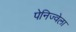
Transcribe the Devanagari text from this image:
पेनिज्वेला